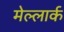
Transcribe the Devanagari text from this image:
मेल्लार्क